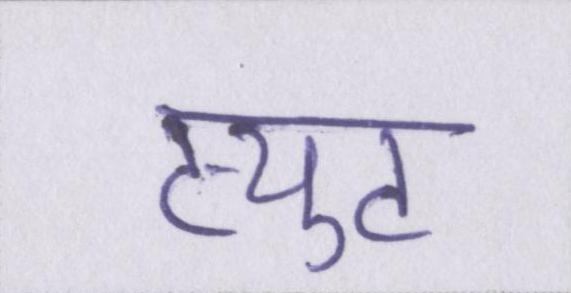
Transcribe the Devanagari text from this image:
ट्युट